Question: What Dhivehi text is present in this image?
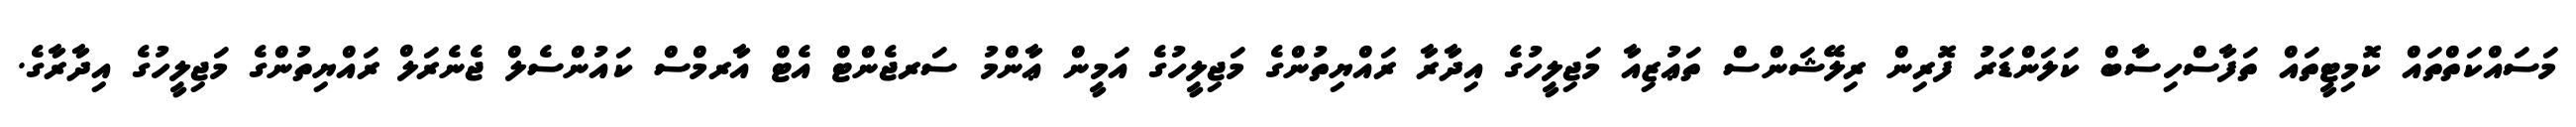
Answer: މަސައްކަތްތައް ކޮމިޓީތައް ތަފާސްހިސާބް ކަލަންޑަރު ފޮރިން ރިލޭޝަންސް ތަޢުޒިއާ މަޖިލީހުގެ އިދާރާ ރައްޔިތުންގެ މަޖިލީހުގެ އަމީން ޢާންމު ސަރޖެންޓް އެޓް އާރމްސް ކައުންސެލް ޖެނެރަލް ރައްޔިތުންގެ މަޖިލީހުގެ އިދާރާގެ.